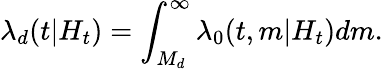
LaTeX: \lambda_{d}(t|H_{t})=\int_{M_{d}}^{\infty}\lambda_{0}(t,m|H_{t})dm.